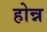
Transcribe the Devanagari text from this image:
होन्न